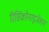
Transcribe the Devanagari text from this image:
रिसिंक्रोनाइजेशन